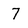
Character: 7